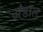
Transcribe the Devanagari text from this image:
अंडाल